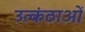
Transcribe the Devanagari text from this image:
उत्कंठाओं